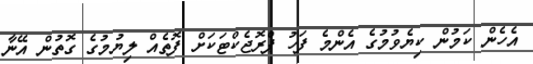
އެހެން ކަމުން ކިޔެވުމުގެ އެންމެ ފަހު ޕްރޮޖެކްޓަކަށް ފޮތެއް ލިޔުމުގެ ގޮތުން އޭނާ